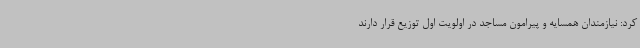
کرد: نیازمندان همسایه و پیرامون مساجد در اولویت اول توزیع قرار دارند